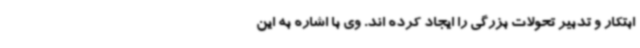
ابتکار و تدبیر تحولات بزرگی را ایجاد کرده اند. وی با اشاره به این